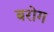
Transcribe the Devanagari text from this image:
बरोग